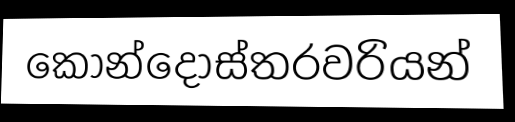
කොන්දොස්තරවරියන්